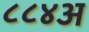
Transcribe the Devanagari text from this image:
८८४अ